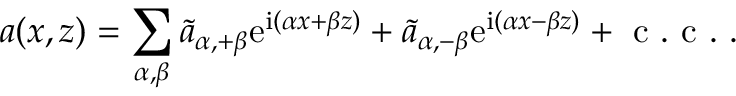
a ( x , z ) = \sum _ { \alpha , \beta } \widetilde { a } _ { \alpha , + \beta } \mathrm { e } ^ { \mathrm { i } ( \alpha x + \beta z ) } + \widetilde { a } _ { \alpha , - \beta } \mathrm { e } ^ { \mathrm { i } ( \alpha x - \beta z ) } + \mathrm { ~ c ~ . ~ c ~ . ~ } .